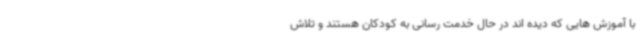
با آموزش هایی که دیده اند در حال خدمت رسانی به کودکان هستند و تلاش